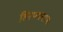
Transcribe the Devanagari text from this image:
हिरण्यनाभः